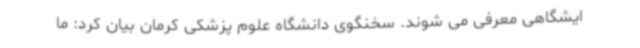
ایشگاهی معرفی می شوند. سخنگوی دانشگاه علوم پزشکی کرمان بیان کرد: ما